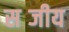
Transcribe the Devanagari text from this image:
सब्जीय